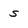
Character: S